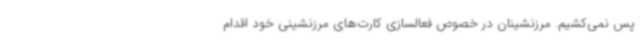
پس نمی‌کشیم. مرزنشینان در خصوص فعالسازی کارت‌های مرزنشینی خود اقدام